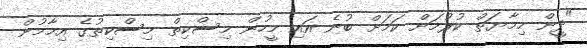
"ދީން ހިމާޔަތް ކުރުމަށް ކަމަށް ބުނެ އައި މީހުން މިސްކިތް މިސްކިތުގެ އިމާމުން